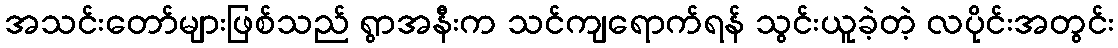
အသင်းတော်များဖြစ်သည် ရွာအနီးက သင်ကျရောက်ရန် သွင်းယူခဲ့တဲ့ လပိုင်းအတွင်း